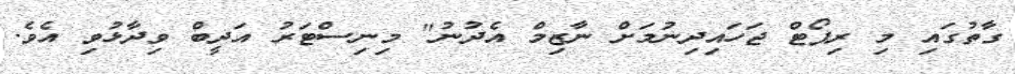
ގާތުގައި މި ރިޕޯޓް ޖަހައިދިނުމަށް ނާޒިމް އެދުނު" މިނިސްޓަރު އަދީބް ވިދާޅުވި އެވެ.